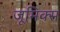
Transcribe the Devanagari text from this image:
जूमिक्स